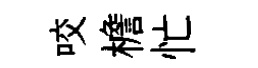
咬檐忙